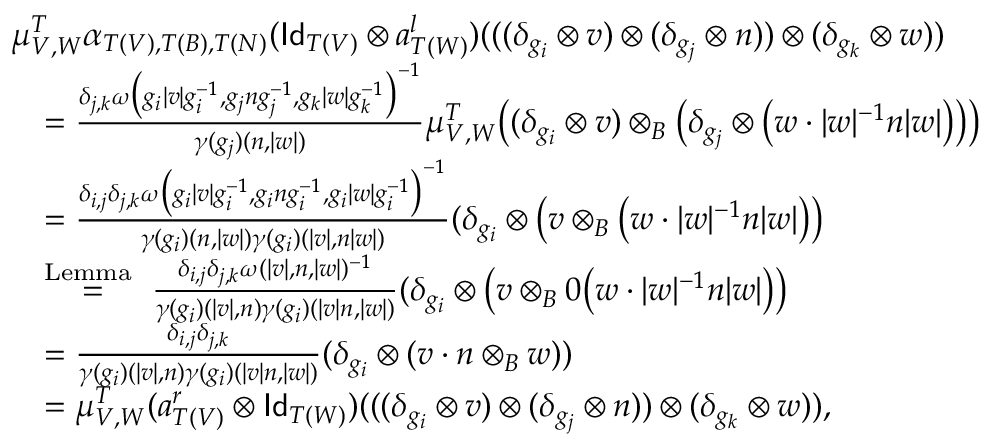
\begin{array} { r l } & { \mu _ { V , W } ^ { T } \alpha _ { T ( V ) , T ( B ) , T ( N ) } ( \mathsf { I d } _ { T ( V ) } \otimes a _ { T ( W ) } ^ { l } ) ( ( ( \delta _ { g _ { i } } \otimes v ) \otimes ( \delta _ { g _ { j } } \otimes n ) ) \otimes ( \delta _ { g _ { k } } \otimes w ) ) } \\ & { \quad = \frac { \delta _ { j , k } \omega \big ( g _ { i } | v | g _ { i } ^ { - 1 } , g _ { j } n g _ { j } ^ { - 1 } , g _ { k } | w | g _ { k } ^ { - 1 } \big ) ^ { - 1 } } { \gamma ( g _ { j } ) ( n , | w | ) } \mu _ { V , W } ^ { T } \big ( ( \delta _ { g _ { i } } \otimes v ) \otimes _ { B } \big ( \delta _ { g _ { j } } \otimes \big ( w \cdot | w | ^ { - 1 } n | w | \big ) \big ) \big ) } \\ & { \quad = \frac { \delta _ { i , j } \delta _ { j , k } \omega \big ( g _ { i } | v | g _ { i } ^ { - 1 } , g _ { i } n g _ { i } ^ { - 1 } , g _ { i } | w | g _ { i } ^ { - 1 } \big ) ^ { - 1 } } { \gamma ( g _ { i } ) ( n , | w | ) \gamma ( g _ { i } ) ( | v | , n | w | ) } ( \delta _ { g _ { i } } \otimes \big ( v \otimes _ { B } \big ( w \cdot | w | ^ { - 1 } n | w | \big ) \big ) } \\ & { \quad \stackrel { \mathrm { L e m m a ~ } } { = } \frac { \delta _ { i , j } \delta _ { j , k } \omega ( | v | , n , | w | ) ^ { - 1 } } { \gamma ( g _ { i } ) ( | v | , n ) \gamma ( g _ { i } ) ( | v | n , | w | ) } ( \delta _ { g _ { i } } \otimes \big ( v \otimes _ { B } 0 \big ( w \cdot | w | ^ { - 1 } n | w | \big ) \big ) } \\ & { \quad = \frac { \delta _ { i , j } \delta _ { j , k } } { \gamma ( g _ { i } ) ( | v | , n ) \gamma ( g _ { i } ) ( | v | n , | w | ) } ( \delta _ { g _ { i } } \otimes ( v \cdot n \otimes _ { B } w ) ) } \\ & { \quad = \mu _ { V , W } ^ { T } ( a _ { T ( V ) } ^ { r } \otimes \mathsf { I d } _ { T ( W ) } ) ( ( ( \delta _ { g _ { i } } \otimes v ) \otimes ( \delta _ { g _ { j } } \otimes n ) ) \otimes ( \delta _ { g _ { k } } \otimes w ) ) , } \end{array}